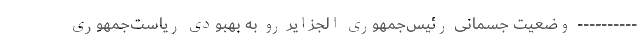
---------- وضعیت جسمانی رئیس‌جمهوری الجزایر رو به بهبودی ریاست‌جمهوری